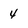
Character: 4